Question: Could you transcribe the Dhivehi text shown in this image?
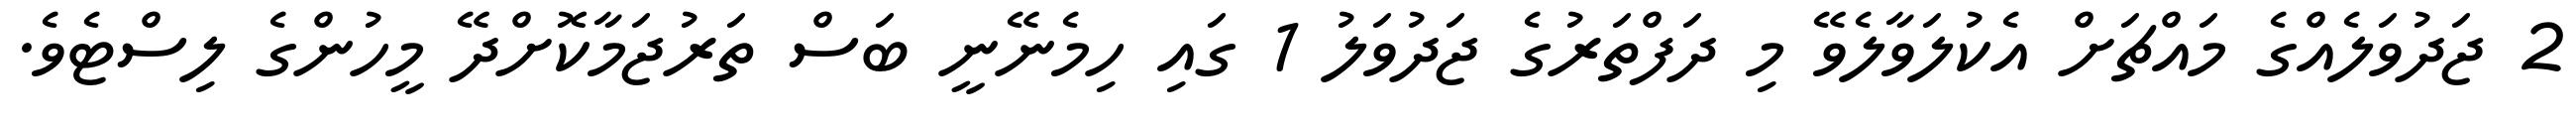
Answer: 2 ޖަދުވަލެއްގެ މައްޗަށް އެކުލަވާލެވޭ މި ދަފްތަރުގެ ޖަދުވަލު 1 ގައި ހިމެނޭނީ ބަސް ތަރުޖަމާކޮށްދޭ މީހުންގެ ލިސްޓެވެ.